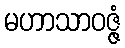
မဟာသာဝဇ္ဇံ